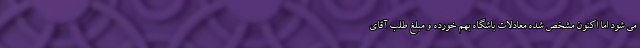
می شود اما اکنون مشخص شده معادلات باشگاه بهم خورده و مبلغ طلب آقای